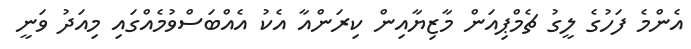
އެންމެ ފަހުގެ ލީގު ޗެމްޕިއަން މާޒިޔާއިން ކިރަންއާ އެކު އެއްބަސްވުމެއްގައި މިއަދު ވަނީ